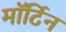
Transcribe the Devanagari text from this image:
मॉर्टिन